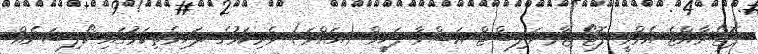
ފޮޓޯ:ރާއްޖެ އެމްވީ ފޮޓޯ ޖާރނަލިސްޓް އަޝްވާ ފަހީމް (އައްވަ) ވެރިކަމުގެ ދަހިވެތިކަމުގައި ކޯލިޝަނެއް